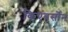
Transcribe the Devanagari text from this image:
किएबर्सोन